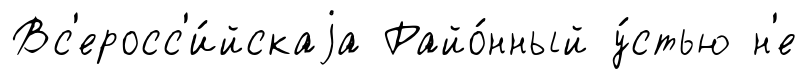
Вс'еросс'и́йскаjа Райо́нный у́стью н'е